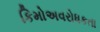
કિમોઅવરોધકતા